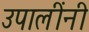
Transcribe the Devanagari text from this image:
उपालींनी